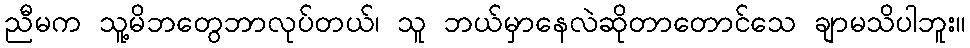
ညီမက သူ့မိဘတွေဘာလုပ်တယ်၊ သူ ဘယ်မှာနေလဲဆိုတာတောင်သေ ချာမသိပါဘူး။